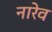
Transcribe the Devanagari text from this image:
नारेव